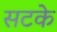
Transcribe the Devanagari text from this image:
सटके